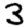
Digit: 3